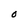
Character: O